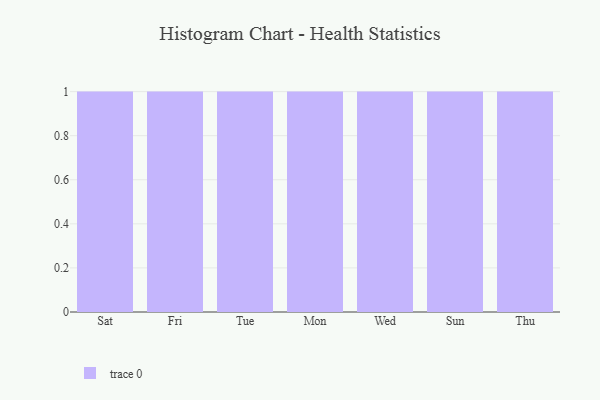
{"axis": {"x": "Day", "y": "Inventory Turnover"}, "legend": [""], "data": [{"x": "Sat", "y": 42, "type": ""}, {"x": "Fri", "y": 83, "type": ""}, {"x": "Tue", "y": 86, "type": ""}, {"x": "Mon", "y": 22, "type": ""}, {"x": "Wed", "y": 66, "type": ""}, {"x": "Sun", "y": 25, "type": ""}, {"x": "Thu", "y": 95, "type": ""}]}